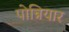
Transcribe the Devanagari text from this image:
पोन्नियार